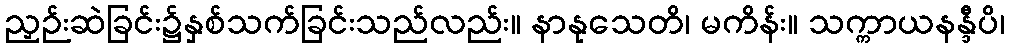
ညှဉ်းဆဲခြင်း၌နှစ်သက်ခြင်းသည်လည်း။ နာနုသေတိ၊ မကိန်း။ သက္ကာယနန္ဒီပိ၊